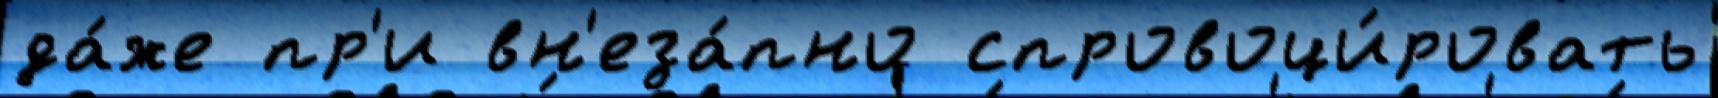
да́же пр'и вн'еза́пно спровоци́ровать